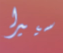
سييرا